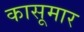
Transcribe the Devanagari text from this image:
कासूमार